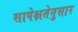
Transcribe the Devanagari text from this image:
सापेक्षतेनुसार